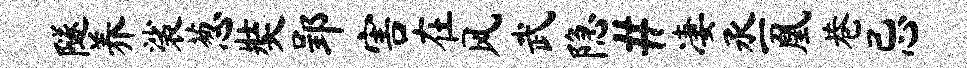
隧养裟葱奘郢害在风武隐#凄丞凰巷忌